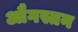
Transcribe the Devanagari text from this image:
औगस्तन